Physiological action of certain drugs in tablet form - Number 52A
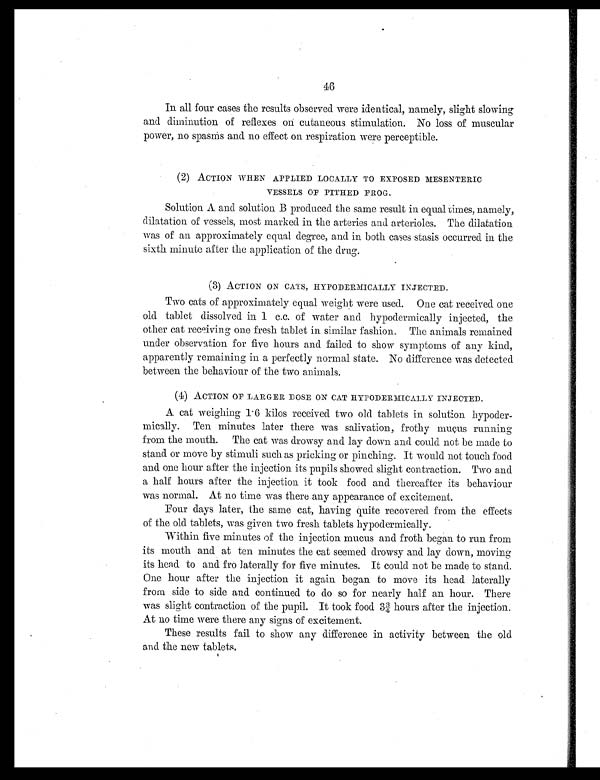
46
In all four cases the results observed were identical, namely, slight slowing
and diminution of reflexes on cutaneous stimulation. No loss of muscular
power, no spasms and no effect on respiration were perceptible.
(2) ACTION WHEN APPLIED LOCALLY TO EXPOSED MESENTERIC
VESSELS OF PITHED FROG.
Solution A and solution B produced the same result in equal times, namely,
dilatation of vessels, most marked in the arteries and arterioles. The dilatation
was of an approximately equal degree, and in both cases stasis occurred in the
sixth minute after the application of the drug.
(3) ACTION ON CATS, HYPODERMICALLY INJECTED.
Two cats of approximately equal weight were used. One cat received one
old tablet dissolved in 1 c.c. of water and hypodermically injected, the
other cat receiving one fresh tablet in similar fashion. The animals remained
under observation for five hours and failed to show symptoms of any kind,
apparently remaining in a perfectly normal state. No difference was detected
between the behaviour of the two animals.
(4) ACTION OF LARGER DOSE ON CAT HYPODERMICALLY INJECTED.
A cat weighing 1.6 kilos received two old tablets in solution hypoder-
mically. Ten minutes later there was salivation, frothy mucus running
from the mouth. The cat was drowsy and lay down and could not be made to
stand or move by stimuli such as pricking or pinching. It would not touch food
and one hour after the injection its pupils showed slight contraction. Two and
a half hours after the injection it took food and thereafter its behaviour
was normal. At no time was there any appearance of excitement.
Four days later, the same cat, having quite recovered from the effects
of the old tablets, was given two fresh tablets hypodermically.
Within five minutes of the injection mucus and froth began to run from
its mouth and at ten minutes the cat seemed drowsy and lay down, moving
its head. to and fro laterally for five minutes. It could not be made to stand.
One hour after the injection it again began to move its head laterally
from side to side and continued to do so for nearly half an hour. There
was slight contraction of the pupil. It took food 3¾ hours after the injection.
At no time were there any signs of excitement.
These results fail to show any difference in activity between the old
and the new tablets.